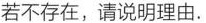
若不存在，请说明理由。